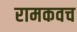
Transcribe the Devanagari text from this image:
रामकवच